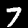
Label: 7